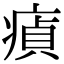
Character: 𤸘